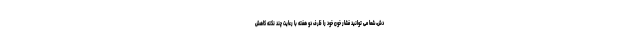
دش، شما می توانید فشار خون خود را ظرف دو هفته با رعایت چند نکته کاهش